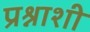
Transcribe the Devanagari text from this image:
प्रश्नाशी